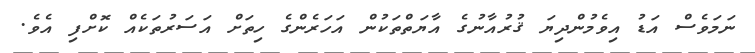
ނަމަވެސް އަޑު އިވެމުންދިޔަ ޤުރުއާނުގެ އާޔަތްތަކުން އަހަރެންގެ ހިތަށް އަސަރުތަކެއް ކޮށްފި އެވެ.